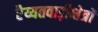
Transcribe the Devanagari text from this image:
रैय्यतवाड़ीक्षेत्रों